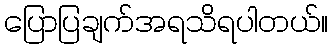
ပြောပြချက်အရသိရပါတယ်။